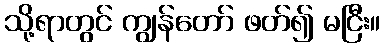
သို့ရာတွင် ကျွန်တော် ဖတ်၍ မငြီး။